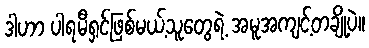
ဒါဟာ ပါရမီရှင်ဖြစ်မယ့်သူတွေရဲ့ အမူအကျင့်တချို့ပဲ။